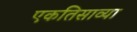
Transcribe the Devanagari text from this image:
एकतिसाव्या